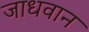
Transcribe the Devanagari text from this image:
जाधवान